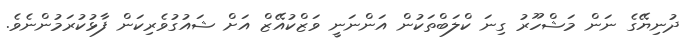
ދުނިޔޭގެ ނަން މަޝްހޫރު ގިނަ ކްލަބްތަކުން އަންނަނީ ވަޒްކުއޭޒް އަށް ޝައުގުވެރިކަން ފާޅުކުރަމުންނެވެ.